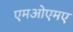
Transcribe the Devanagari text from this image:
एमओएमए